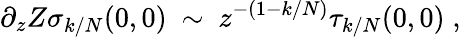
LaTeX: \partial_{z}Z\sigma_{k/N}(0,0)~\sim~z^{-(1-k/N)}\tau_{k/N}(0,0)\; ,